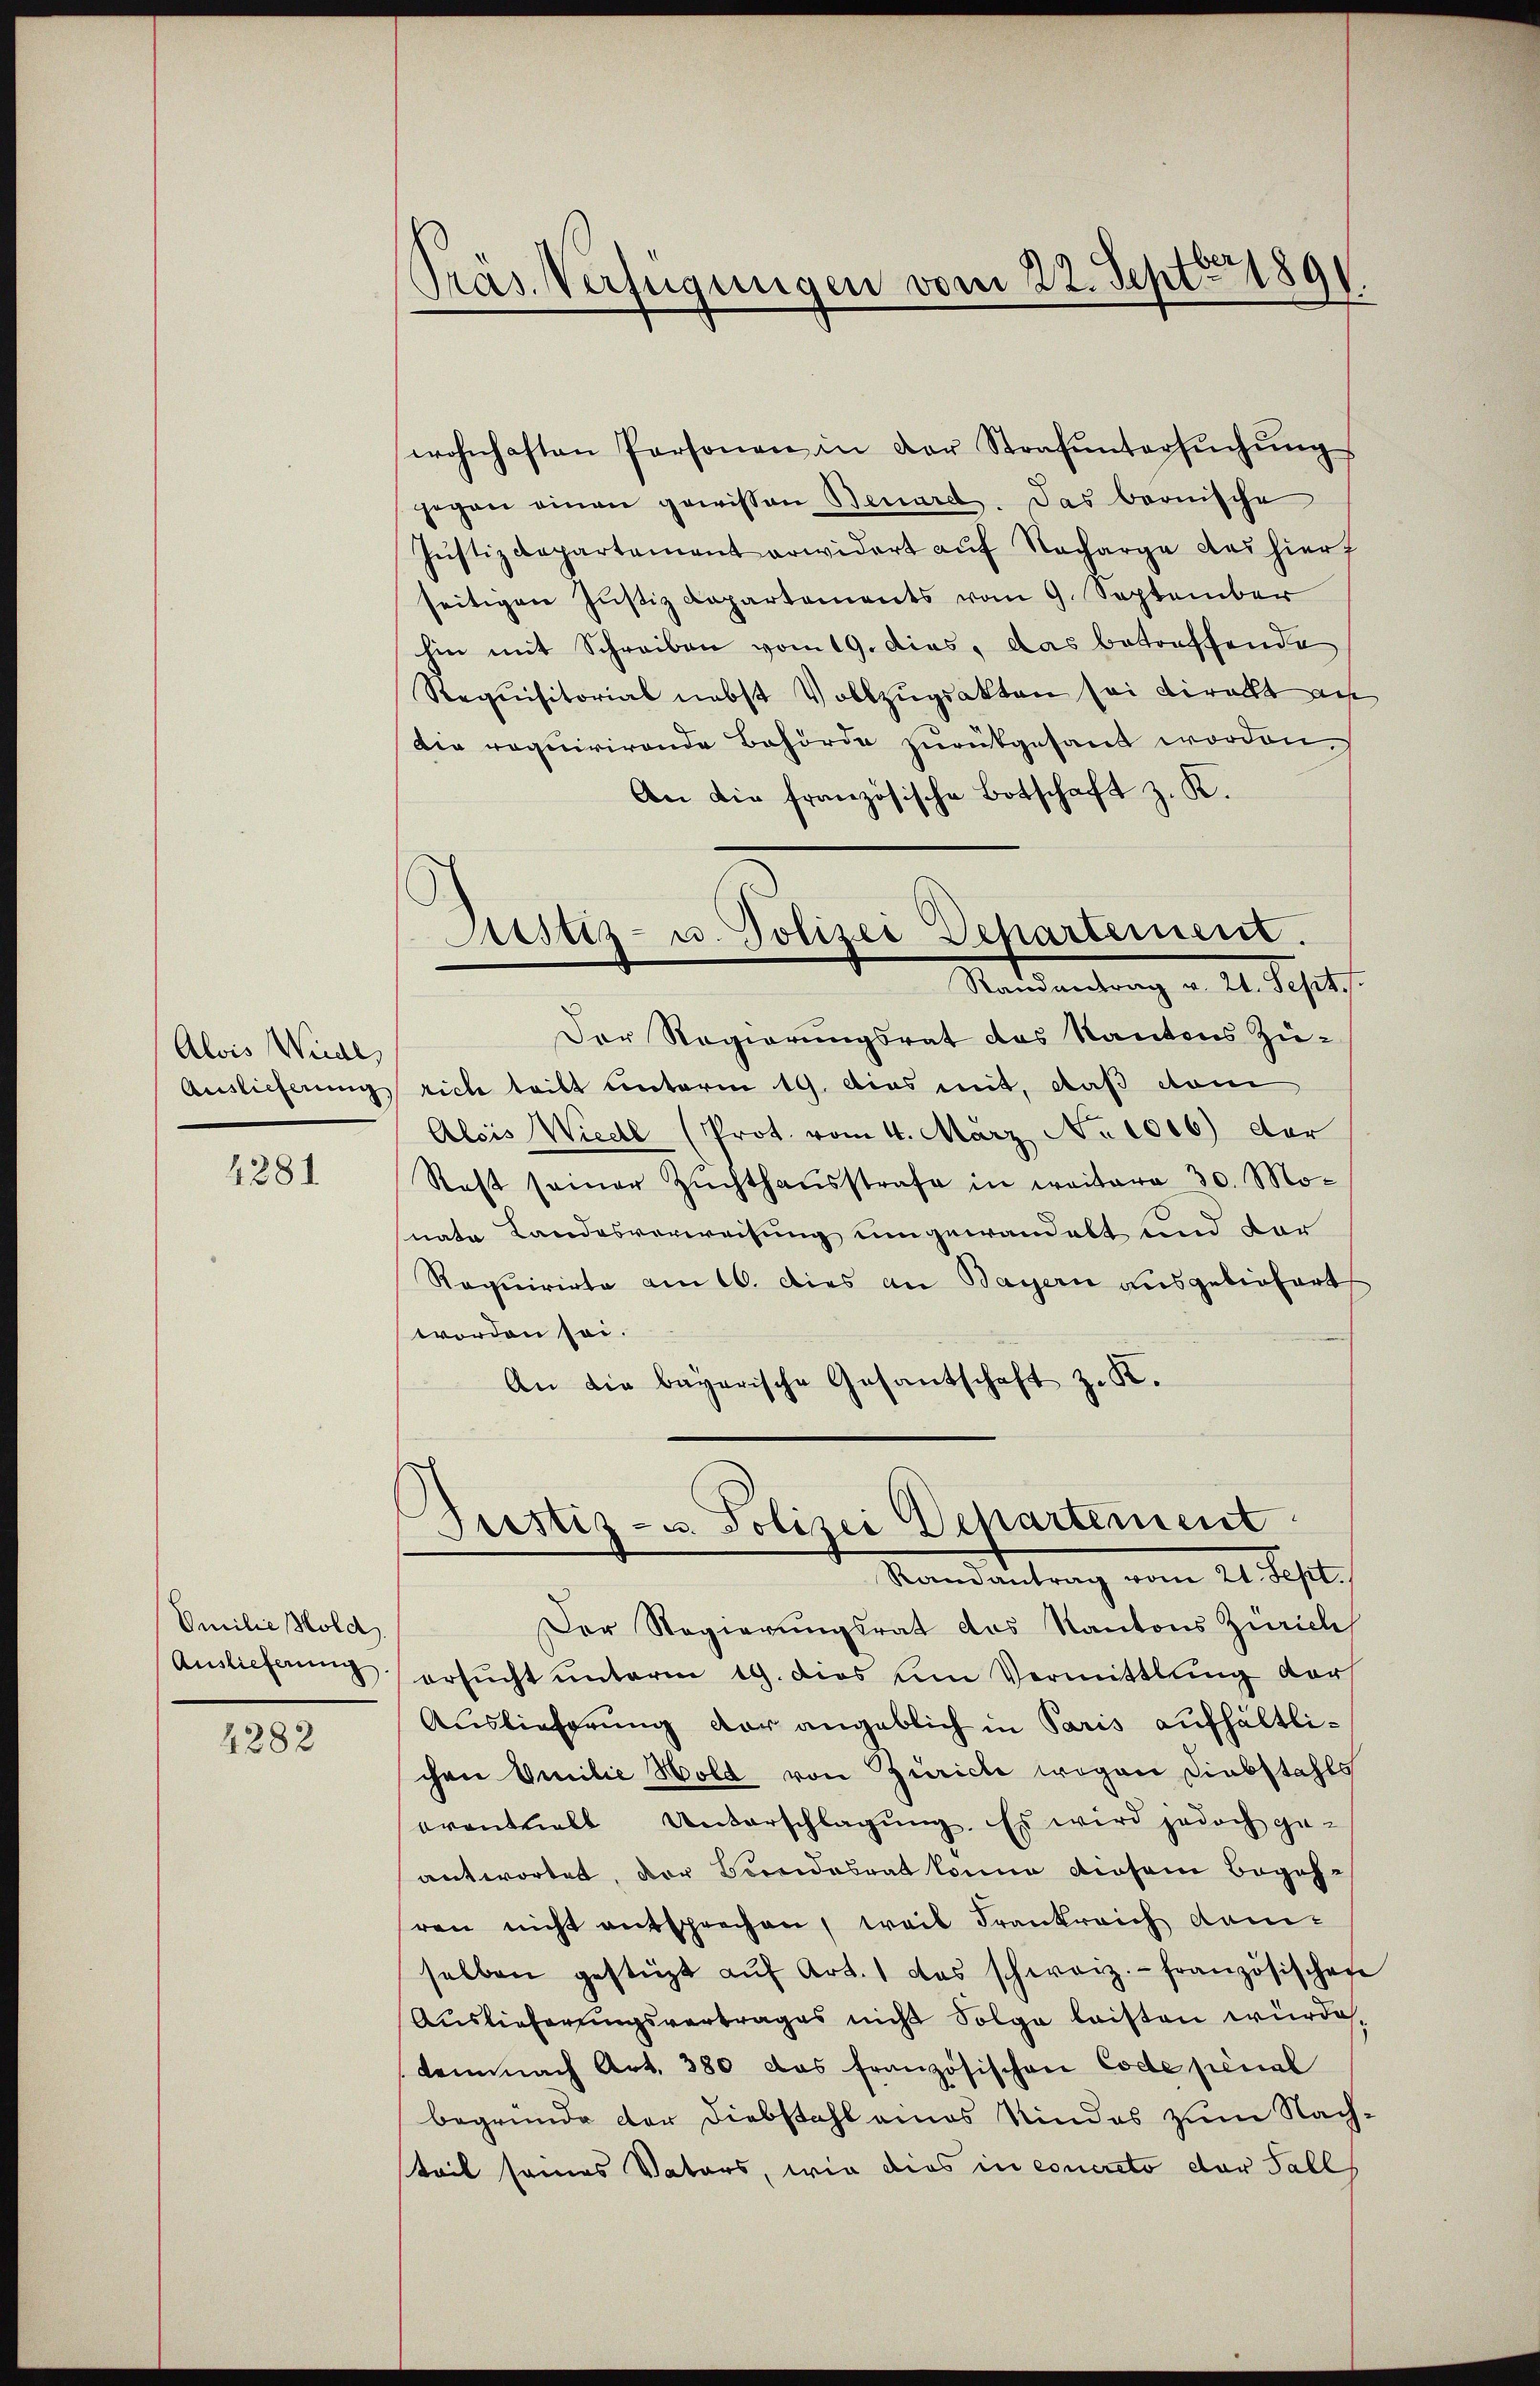
Alois Weide,
Auslieferung

4281

Omilie Hold

4282

Präs. Verfügungen vom 22. Sept. 1891.

Astiz- u. Polizei Departement.
Randantrag v. 21. Sept.

wohnhaften Personen in der Strafŭntersŭchŭng
gegen einen gewissen Benard. Das bernische
Justizdepartement arwidert auf Nacharge des hier
seitigen Justiz Dapartements vom 9. September
hin mit Schreiben vom 19. dies, das betreffende
Requisitorial nebst Vollzugsakten sei direkt au
Die requirirende Behörde zurückgesandt worden.
An die französische Botschaft z. K.
Der Regierungsrat des Kantons Zürich teilt unterm 19. Das mit, daß vom
Alois Wiedl (Prot. vom 4. März No 1006) der
Rast seiner Zuchthausstrafe in weitern 30. Monate Landesverweisung umgewandelt und der
Requirirte am 10. dies an Bayern ausgeliefert
worden sei.
An die bayerische Gesantschaft z. K.

Justiz- u. Polizei Departement
Mandantrag vom 21. Justi

Der Regierungsrat das Kantons Zürich
Auslieferŭng ersŭcht ŭnterm 19. dies um Vermittlung der
Auslieferung der angeblich in Paris aufhältlichen Emilie Hold von Zürich wegen Diebstahls
eventuell Unterschlagung. Es wird jedoch ge-
antwortet, der Brandesrat könne diesem Begehren nicht entsprechen, weil Frankreich dam
selben gestüzt aŭf Art. 1 das schweiz.- französischen
Auslieferungsvertrages nicht Folge leisten wurde
demnach Art. 380 das französischen Code penal
begründe der Diebstahl eines Kindes zum Nachteil seines Vaters, wie dies in concreto der Fall